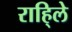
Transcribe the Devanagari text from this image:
राहि्ले